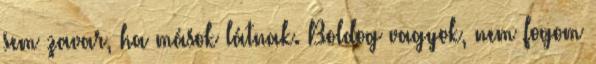
sem zavar, ha mások látnak. Boldog vagyok, nem fogom